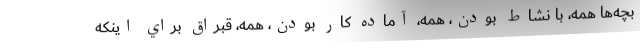
بچه‌ها همه، با نشاط بودن، همه، آماده كار بودن، همه، قبراق براي اينكه